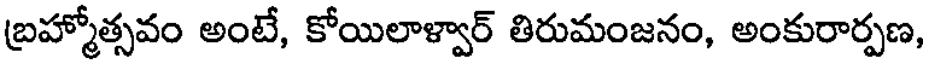
బ్రహ్మోత్సవం అంటే, కోయిలాళ్వార్ తిరుమంజనం, అంకురార్పణ,